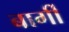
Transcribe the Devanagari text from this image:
बार्गी